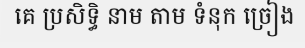
គេ ប្រសិទ្ធិ នាម តាម ទំនុក ច្រៀង